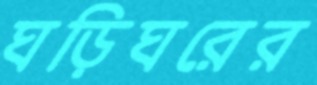
ঘড়িঘরের